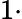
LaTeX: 1\cdot